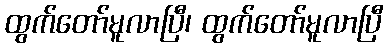
ထွက်တော်မူလာပြီ၊ ထွက်တော်မူလာပြီ